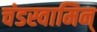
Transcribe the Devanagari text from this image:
चंडस्वामिन्